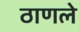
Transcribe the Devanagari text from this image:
ठाणले